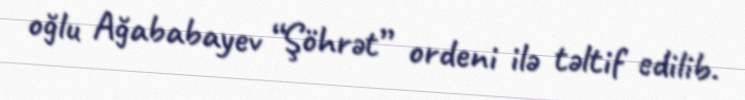
oğlu Ağababayev “Şöhrət” ordeni ilə təltif edilib.